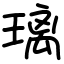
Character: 璃